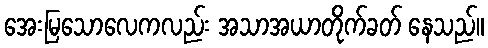
အေးမြသောလေကလည်း အသာအယာတိုက်ခတ် နေသည်။